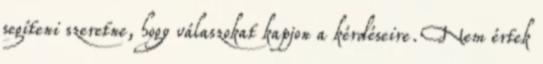
segíteni szeretne, hogy válaszokat kapjon a kérdéseire. Nem értek